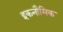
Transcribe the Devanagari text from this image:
इकनौमिक